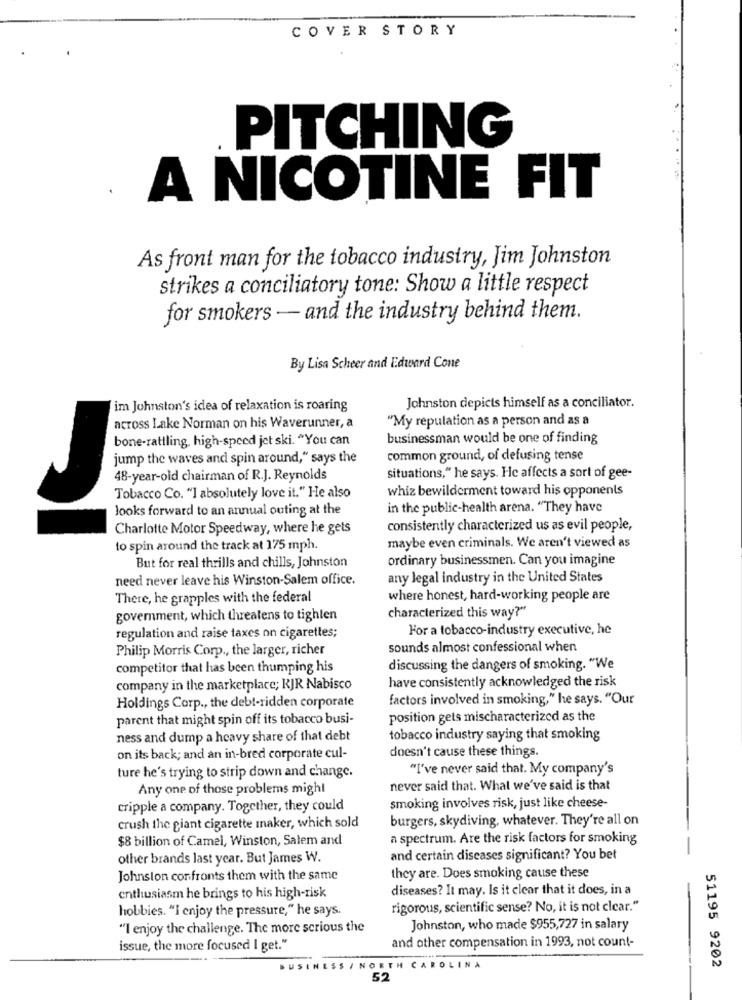
COVER STORY
PITCHING
A NICOTINE FIT
As front man for the tobacco industry, Jim Johnston
strikes a conciliatory tone: Show a little respect
for smokers - and the industry behind them.
By Lisa Scheer and Edward Cone
im Johnston's idea of relaxation is roaring
Johnston depicts himself as a conciliator.
across Lake Norman on his Waverunner, a
"My reputation as a person and as a
bone-rattling, high-speed jet ski. "You can
businessman would be one of finding
jump the waves and spin around," says the
common ground, of defusing tense
48-year-old chairman of R.J. Reynolds
situations," he says. He affects a sort of gee-
whiz bewilderment toward his opponents
Tobacco Co. "] absolutely love it." He also
looks forward to an annual outing at the
in the public-health arena. "They have
Charlotte Motor Speedway, where he gets
consistently characterized us as evil people,
to spin around the track at 175 mph.
maybe even criminals. We aren't viewed as
ordinary businessmen. Can you imagine
But for real thrills and chills, Johnston
need never leave his Winston-Salem office.
any legal industry in the United States
There, he grapples with the federal
where honest, hard-working people are
goverment, which threatens to tighten
characterized this way?"
For a tobacco-industry executive, he
regulation and raise taxes on cigarettes;
Philip Morris Corp ., the larger, richer
sounds almost confessional when
competitor that has been thumping his
discussing the dangers of smoking. "We
have consistently acknowledged the risk
company in the marketplace; KJR Nabisco
factors involved in smoking," he says. "Our
Holdings Corp ., the debt-ridden corporate
parent that might spin off its tobacco busi-
position gets mischaracterized as the
ness and dump a heavy share of that debt
tobacco industry saying that smoking
doesn't cause these things.
on its back; and an in-bred corporate cul-
"I've never said that. My company's
ture he's trying to strip down and change.
Any one of those problems might
never said that. What we've said is that
cripple a company. Together, they could
smoking involves risk, just like cheese-
burgers, skydiving, whatever. They're all on
crush the giant cigarette maker, which sold
$8 billion of Camel, Winston, Salem and
a spectrum. Are the risk factors for smoking
other brands last year. But James W.
and certain diseases significant? You bet
Johnston confronts them with the same
they are. Does smoking cause these
diseases? It may. Is it clear that it does, in a
enthusiasm he brings to his high-risk
hobbies. "I enjoy the pressure," he says.
rigorous, scientific sense? No, it is not clear."
"I enjoy the challenge. The more serious the
Johnston, who made $955,727 in salary
and other compensation in 1993, not count-
issue, the more focused I get."
51195 9202
BUSINESS / NORTH CAROLINA
52